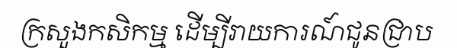
ក្រសួងកសិកម្ម ដើម្បីរាយការណ៍ជូនជ្រាប